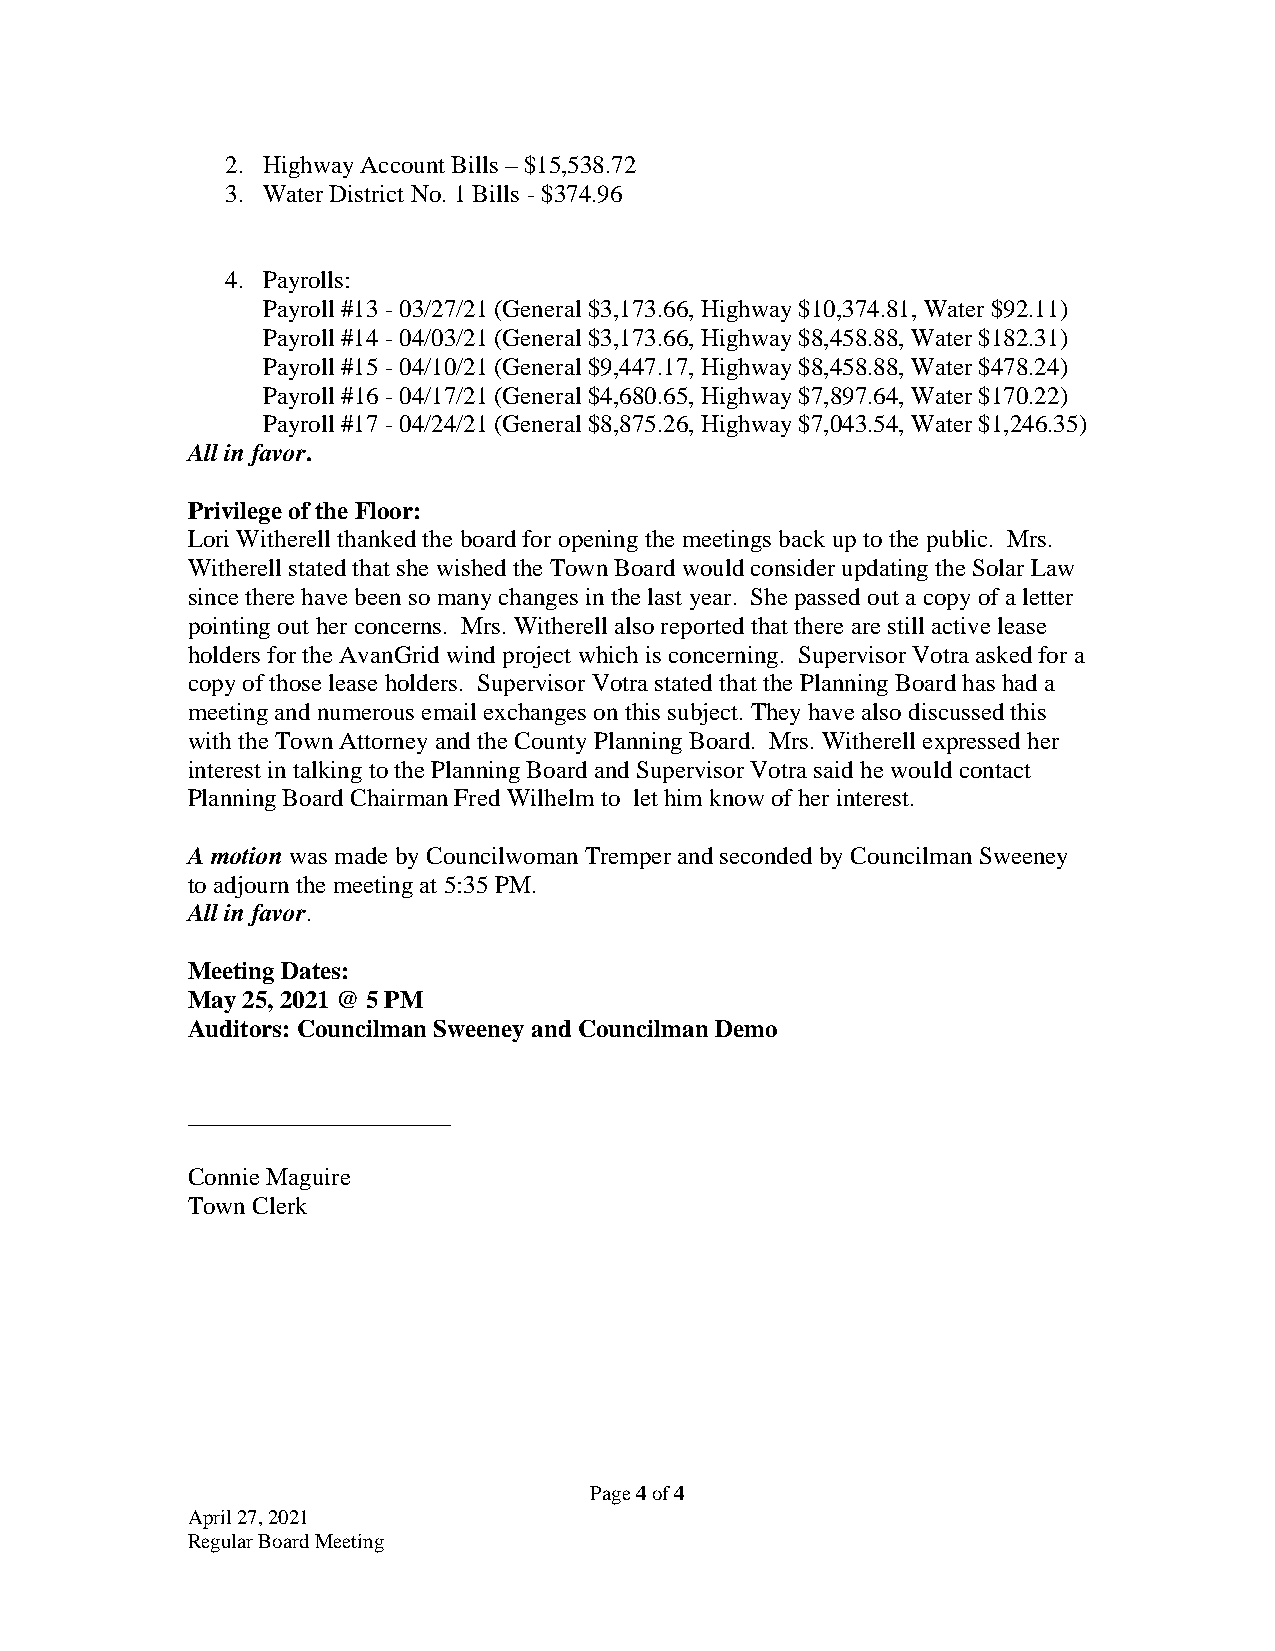
2. Highway Account Bills – $15,538.72
 3. Water District No. 1 Bills - $374.96
 4. Payrolls:
 Payroll #13 - 03/27/21 (General $3,173.66, Highway $10,374.81, Water $92.11)
 Payroll #14 - 04/03/21 (General $3,173.66, Highway $8,458.88, Water $182.31)
 Payroll #15 - 04/10/21 (General $9,447.17, Highway $8,458.88, Water $478.24)
 Payroll #16 - 04/17/21 (General $4,680.65, Highway $7,897.64, Water $170.22)
 Payroll #17 - 04/24/21 (General $8,875.26, Highway $7,043.54, Water $1,246.35)
 All in favor.
 Privilege of the Floor:
 Lori Witherell thanked the board for opening the meetings back up to the public. Mrs.
 Witherell stated that she wished the Town Board would consider updating the Solar Law
 since there have been so many changes in the last year. She passed out a copy of a letter
 pointing out her concerns. Mrs. Witherell also reported that there are still active lease
 holders for the AvanGrid wind project which is concerning. Supervisor Votra asked for a
 copy of those lease holders. Supervisor Votra stated that the Planning Board has had a
 meeting and numerous email exchanges on this subject. They have also discussed this
 with the Town Attorney and the County Planning Board. Mrs. Witherell expressed her
 interest in talking to the Planning Board and Supervisor Votra said he would contact
 Planning Board Chairman Fred Wilhelm to let him know of her interest.
 A motion was made by Councilwoman Tremper and seconded by Councilman Sweeney
 to adjourn the meeting at 5:35 PM.
 All in favor.
 Meeting Dates:
 May 25, 2021 @ 5 PM
 Auditors: Councilman Sweeney and Councilman Demo
 _____________________
 Connie Maguire
 Town Clerk
 Page 4 of 4
 April 27, 2021
 Regular Board Meeting